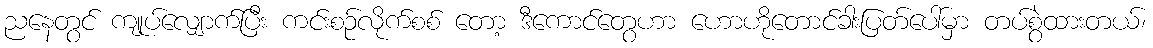
ညနေတွင် ကျုပ်လျှောက်ပြီး ကင်းစဉ်လိုက်စစ် တော့ ဒီကောင်တွေဟာ ဟောဟိုတောင်ခါးပြတ်ပေါ်မှာ တပ်စွဲထားတယ်၊